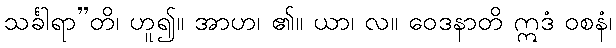
သင်္ခါရာ”တိ၊ ဟူ၍။ အာဟ၊ ၏။ ယာ၊ လ။ ဝေဒနာတိ ဣဒံ ဝစနံ၊